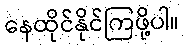
နေထိုင်နိုင်ကြဖို့ပါ။